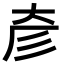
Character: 𢒊